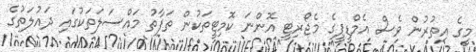
މީގެ އިތުރުން ވެސް އެމްޑީޕީގެ މެޖޯރިޓީ އޮންނަ ކޮމިޓީތަކުން ތަފާތު މައްސަލަތަކުގައި ދައުލަތުގެ